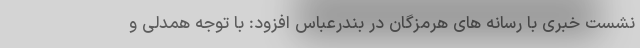
نشست خبری با رسانه های هرمزگان در بندرعباس افزود: با توجه همدلی و